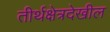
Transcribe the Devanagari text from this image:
तीर्थक्षेत्रदेखील